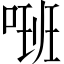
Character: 𠺚